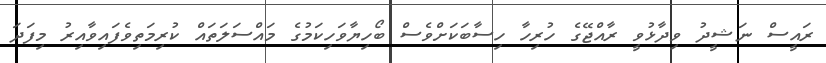
ރައީސް ނަޝީދު ވިދާޅުވީ ރާއްޖޭގެ ހުރިހާ ހިސާބަކަށްވެސް ބޯހިޔާވަހިކަމުގެ މައްސަލަތައް ކުރިމަތިވެފައިވާއިރު މިފަދަ